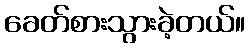
ခေတ်စားသွားခဲ့တယ်။